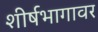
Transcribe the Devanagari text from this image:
शीर्षभागावर